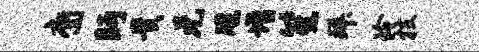
裔眄贵元牒增笙拜玲枝